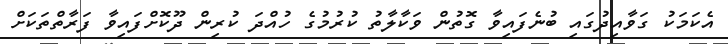
އެކަމަކު ގަވާއިދުގައި ބުނެފައިވާ ގޮތުން ވަކާލާތު ކުރުމުގެ ހުއްދަ ކުރިން ދޫކޮށްފައިވާ ފަރާތްތަކަށް